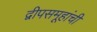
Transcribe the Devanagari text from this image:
द्वीपसमूहांची